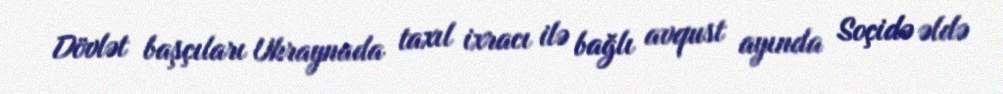
Dövlət başçıları Ukraynada taxıl ixracı ilə bağlı avqust ayında Soçidə əldə